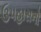
ઉપહાસનો